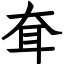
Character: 耷